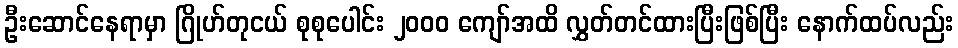
ဦးဆောင်နေရာမှာ ဂြိုဟ်တုငယ် စုစုပေါင်း ၂၀၀၀ ကျော်အထိ လွှတ်တင်ထားပြီးဖြစ်ပြီး နောက်ထပ်လည်း